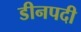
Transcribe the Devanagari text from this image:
डीनपदी